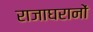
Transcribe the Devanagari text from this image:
राजाघरानों